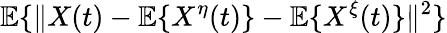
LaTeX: \mathbb{E}\{ \| X(t)-\mathbb{E}\{ X^{\eta}(t)\} -\mathbb{E}\{ X^{\xi}(t)\} \| ^{2}\}